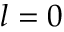
l = 0